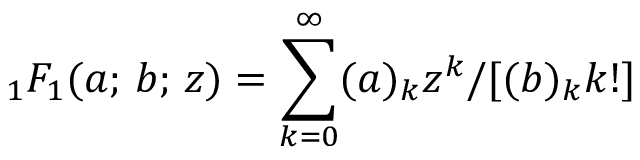
_ 1 F _ { 1 } ( a ; \, b ; \, z ) = \sum _ { k = 0 } ^ { \infty } ( a ) _ { k } z ^ { k } / [ ( b ) _ { k } k ! ]